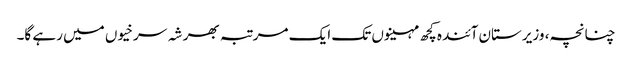
چنانچہ، وزیرستان آئندہ کچھ مہینوں تک ایک مرتبہ بھر شہ سرخیوں میں رہے گا۔